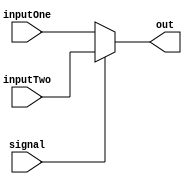
module multiplexer_2_to_1 (
input wire [31:0] inputOne, 
input wire [31:0] inputTwo, 
input wire signal, 
output reg [31:0] out
);

always@(*)begin
			if (signal) begin
				out[31:0] <= inputTwo[31:0];
				
			end
			else begin
				out[31:0] <= inputOne[31:0];
			end
			
	end
	
endmodule